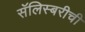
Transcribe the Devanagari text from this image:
सॅलिस्बरीची